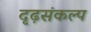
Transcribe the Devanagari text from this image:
दृढ़संकल्प